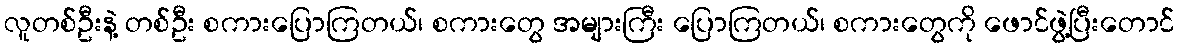
လူတစ်ဦးနဲ့ တစ်ဦး စကားပြောကြတယ်၊ စကားတွေ အများကြီး ပြောကြတယ်၊ စကားတွေကို ဖောင်ဖွဲ့ပြီးတောင်